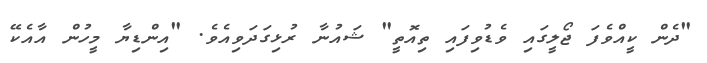
"ދެން ކީއްވެފަ ޖޯލީގައި ވެޑުވިފައި ތިއޮތީ" ޝައުނާ ރުޅިގަދަވިއެވެ. "އިންޑިޔާ މީހުން އާއެކޭ